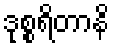
ဒုစ္စရိတာနိ